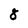
Character: 8